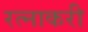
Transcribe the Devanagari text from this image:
रत्नाकरी